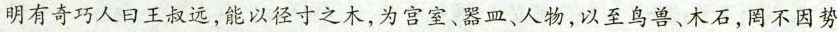
明有奇巧人日王叔远，能以径寸之木，为宫室、器皿、人物，以至鸟兽、木石，罔不因势